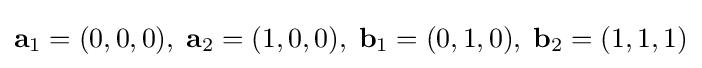
\mathbf {a} _{1}=(0,0,0),\;\mathbf {a} _{2}=(1,0,0),\;\mathbf {b} _{1}=(0,1,0),\;\mathbf {b} _{2}=(1,1,1)